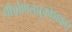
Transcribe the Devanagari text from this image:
गीर्वाणलघुकोशकार